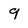
Character: 9